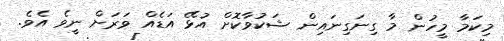
މިކަމާ މީހުން މާ ގިނަގިނައިން ޝަކުވާކޮށް އުޅޭ އަޑެއް ވަރަށް ނީވެ އެވެ.